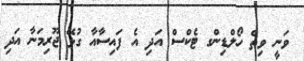
ވަނީ ވިތް ހޯލްޑިންގ ޓެކްސް އަދި އެ ފައިސާއާ ގުޅޭ ޖޫރިމަނާ އަދި